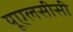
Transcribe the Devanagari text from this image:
यूएलसीसी